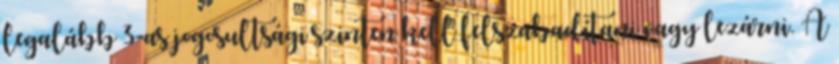
legalább 3-as jogosultsági szinten kell felszabadítani vagy lezárni. A